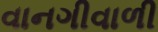
વાનગીવાળી